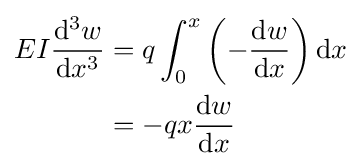
{\begin{aligned}EI{\mathrm {d} ^{3}w \over \mathrm {d} x^{3}}&=q\int _{0}^{x}\left(-{\mathrm {d} w \over \mathrm {d} x}\right)\mathrm {d} x\\&=-qx{\mathrm {d} w \over \mathrm {d} x}\end{aligned}}